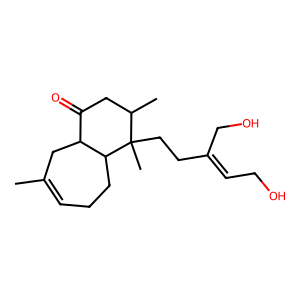
SMILES: CC1=CCCC2C(C1)C(=O)CC(C)C2(C)CCC(=CCO)CO
Inhibits HIV replication: No